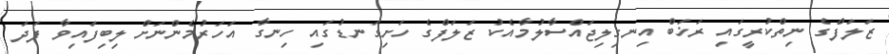
ޒަލަފްގެ ނިތްކުރީގައި ރަޚަބް އިނގިލިޖައްސާލުމާއެކު ޒަލަފްގެ ހަށިގަނޑުގައި ހިނގާ އަހަރުމެންނަށް ލިބިފައިވާ ފަދަ